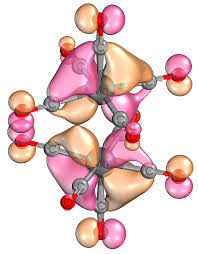
iboview, orbital